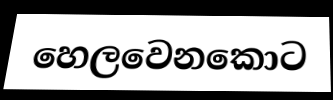
හෙලවෙනකොට